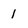
Character: 1